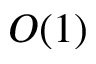
O ( 1 )